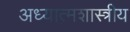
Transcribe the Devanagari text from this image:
अध्यात्मशास्त्रीय